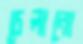
চেলানো